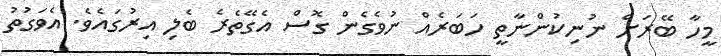
މީހާ ބޭރަށް ނުނިކުންނާތީ ހަބަރެއް ނުވެގެން ގޮސް އެގޭތެރެ ބެލި އިރުގައެވެ. އެވަގުތު